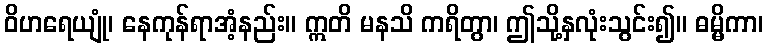
ဝိဟရေယျုံ၊ နေကုန်ရာအံ့နည်း။ ဣတိ မနသိ ကရိတွာ၊ ဤသို့နှလုံးသွင်း၍။ ဓမ္မိကာ၊